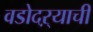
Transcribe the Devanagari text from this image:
वडोदऱ्याची